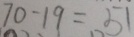
7 0 - 1 9 = 5 1